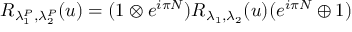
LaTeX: R _ { \lambda _ { 1 } ^ { P } , \lambda _ { 2 } ^ { P } } ( u ) = ( 1 \otimes e ^ { i \pi { \cal N } } ) R _ { \lambda _ { 1 } , \lambda _ { 2 } } ( u ) ( e ^ { i \pi { \cal N } } \oplus 1 )